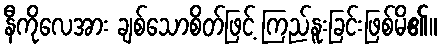
နီကိုလေအား ချစ်သောစိတ်ဖြင့် ကြည်နူးခြင်းဖြစ်မိ၏။